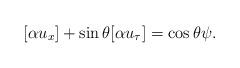
LaTeX: \begin{align*}[\alpha u_x] + \sin \theta [\alpha u_{\tau}] = \cos \theta \psi.\end{align*}